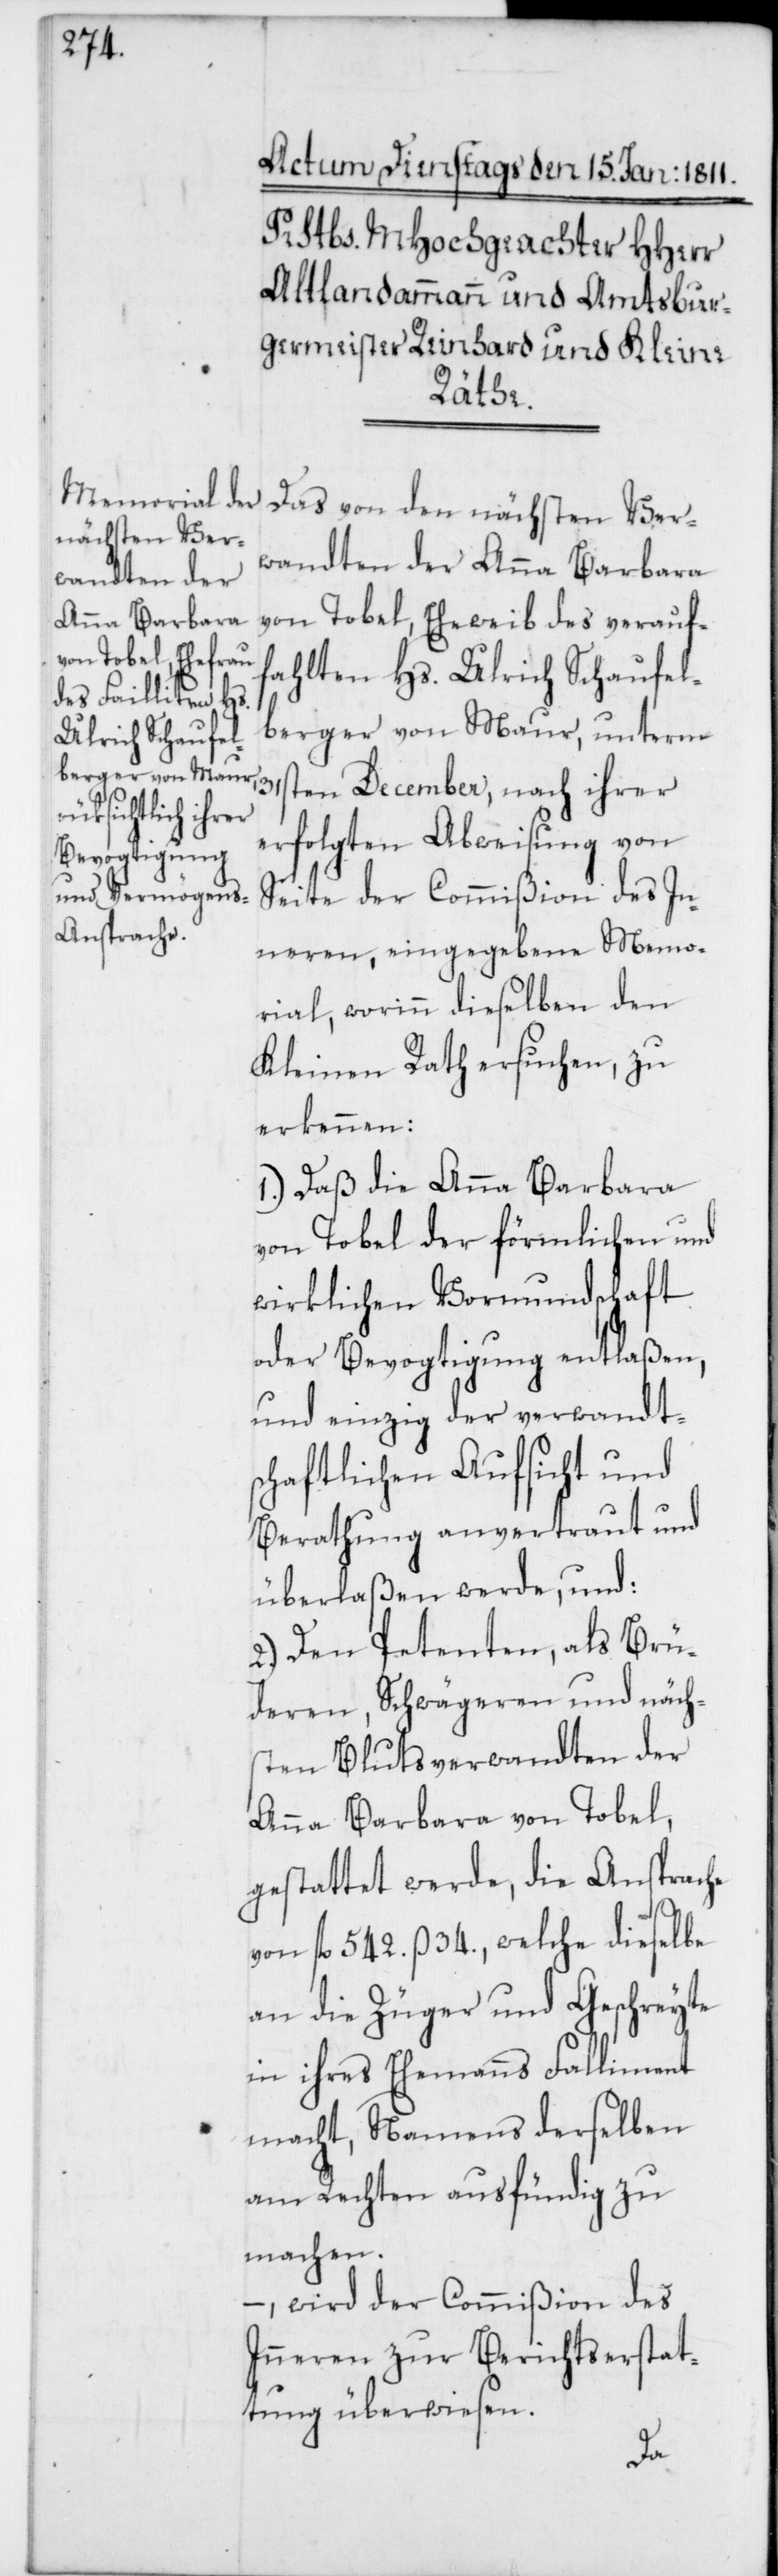
Das von den nächsten Ver¬
wandten der Anna Barbara
von Tobel, Eheweib des verauf¬
fahlten Hs. Ulrich Schaufel¬
berger, von Maur, unterm
31sten December, nach ihrer
erfolgten Abweisung von
Seite der Commißion des In¬
neren, eingegebene Memo¬
rial, worinn dieselben den
Kleinen Rath ersuchen, zu
erkennen:
1.) Daß die Anna Barbara
von Tobel der förmlichen und
wirklichen Vormundschaft
oder Bevogtigung entlaßen,
und einzig der verwandt¬
schaftlichen Aufsicht und
Berathung anvertraut und
überlaßen werde, und:
2.) Den Petenten, als Brü¬
deren, Schwägeren und näch¬
sten Blutsverwandten der
Anna Barbara von Tobel,
gestattet werde, die Ansprache
von fl. 542. ß 34., welche dieselbe
an die Züger und Geschreyte
in ihres Ehemanns Falliment
macht, Namens derselben
am Rechten ausfündig zu
machen,
–, wird der Commißion des
Inneren zur Berichtserstat¬
tung überwiesen.